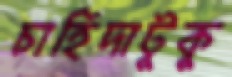
চাহিদাটুকু